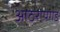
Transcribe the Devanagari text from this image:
आठरापगड